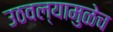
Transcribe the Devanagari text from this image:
उठवल्यामुळेच